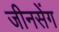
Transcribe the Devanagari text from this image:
जीनसेंग